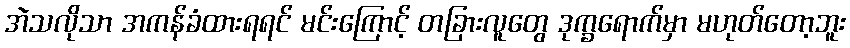
အဲသလိုသာ အကန်ခံထားရရင် မင်းကြောင့် တခြားလူတွေ ဒုက္ခရောက်မှာ မဟုတ်တော့ဘူး